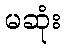
မဆုံး